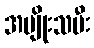
အမျိုးသမီး